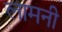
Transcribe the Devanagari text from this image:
लामनी